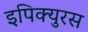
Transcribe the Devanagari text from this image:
इपिक्युरस